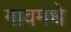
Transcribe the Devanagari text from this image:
गावमधे